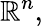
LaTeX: \mathbb{R}^{n},